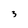
Character: 3